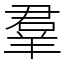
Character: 羣